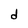
Character: d